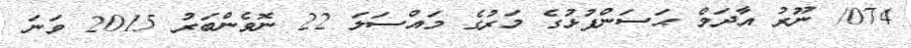
074/ ނޫރު އާދަމް ޙަސަންފުޅުގެ މަރުގެ މައްސަލަ 22 ނޮވެންބަރު 2015 ވަނަ